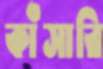
কাঁসারি